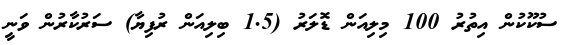
ސުކޫކުން އިތުރު 100 މިލިއަން ޑޮލަރު (1.5 ބިލިއަން ރުފިޔާ) ސަރުކާރުން ވަނީ